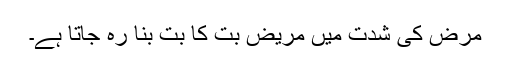
مرض کی شدت میں مریض بت کا بت بنا رہ جاتا ہے۔